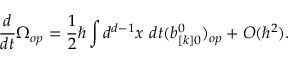
{ \frac { d } { d t } } \Omega _ { o p } = { \frac { 1 } { 2 } } \hbar \int d ^ { d - 1 } x \ d t ( b _ { [ k ] 0 } ^ { 0 } ) _ { o p } + O ( \hbar ^ { 2 } ) .